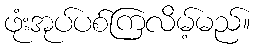
ဖုံးအုပ်ပစ်ကြလိမ့်မည်။